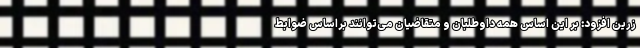
زرین افزود: بر این اساس همه داوطلبان و متقاضیان می‌توانند براساس ضوابط